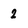
Character: 2